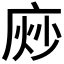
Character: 𫷴